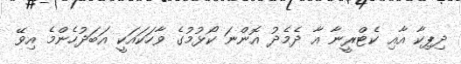
ދިޕިކާ އާއި ކެޓްރީނާ އާ ދެމެދު އޮންނަ ކޯޅުމުގެ ވާހަކައަކީ އަބަދުހެންމެ އިވޭ